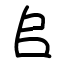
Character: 𠂤